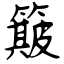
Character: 簸